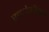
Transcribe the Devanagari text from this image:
रक्तपेशींद्वारे